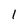
Character: l